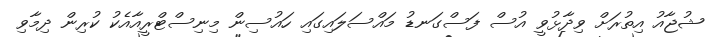
ޝުޖާއު އިތުރަށް ވިދާޅުވީ އުސް ފަސްގަނޑު މައްސަލައިގައި ހައުސިން މިނިސްޓްރީއާއެކު ކުރިން ދިމާވި